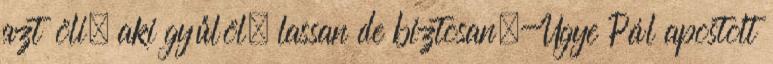
azt öli, aki gyűlöl, lassan de biztosan.-Ugye Pál apostolt